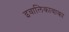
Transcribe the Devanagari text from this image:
इवालिकावाका